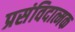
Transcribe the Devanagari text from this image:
प्रसंविदात्मक